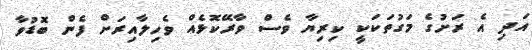
އަދި އެ ރަށުގެ މަގުތަކަކީ ކިރިޔާ ވެސް ވާރޭކޮޅެއް ވެހިލާއިރަށް ފެން ބޮޑުވާ